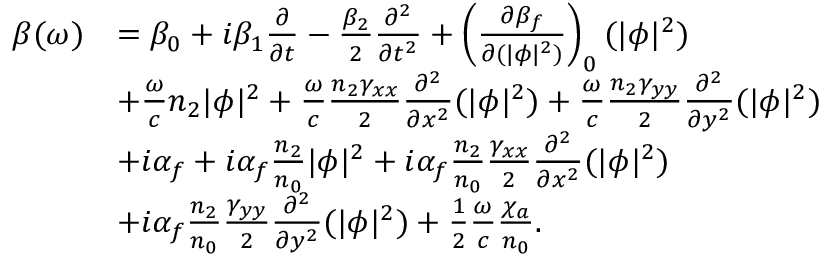
\begin{array} { r l } { \beta ( \omega ) } & { = \beta _ { 0 } + i \beta _ { 1 } \frac { \partial } { \partial t } - \frac { \beta _ { 2 } } { 2 } \frac { \partial ^ { 2 } } { \partial t ^ { 2 } } + \left( \frac { \partial \beta _ { f } } { \partial ( | \phi | ^ { 2 } ) } \right) _ { 0 } ( | \phi | ^ { 2 } ) } \\ & { + \frac { \omega } { c } n _ { 2 } | \phi | ^ { 2 } + \frac { \omega } { c } \frac { n _ { 2 } \gamma _ { x x } } { 2 } \frac { \partial ^ { 2 } } { \partial x ^ { 2 } } ( | \phi | ^ { 2 } ) + \frac { \omega } { c } \frac { n _ { 2 } \gamma _ { y y } } { 2 } \frac { \partial ^ { 2 } } { \partial y ^ { 2 } } ( | \phi | ^ { 2 } ) } \\ & { + i \alpha _ { f } + i \alpha _ { f } \frac { n _ { 2 } } { n _ { 0 } } | \phi | ^ { 2 } + i \alpha _ { f } \frac { n _ { 2 } } { n _ { 0 } } \frac { \gamma _ { x x } } { 2 } \frac { \partial ^ { 2 } } { \partial x ^ { 2 } } ( | \phi | ^ { 2 } ) } \\ & { + i \alpha _ { f } \frac { n _ { 2 } } { n _ { 0 } } \frac { \gamma _ { y y } } { 2 } \frac { \partial ^ { 2 } } { \partial y ^ { 2 } } ( | \phi | ^ { 2 } ) + \frac { 1 } { 2 } \frac { \omega } { c } \frac { \chi _ { a } } { n _ { 0 } } . } \end{array}